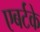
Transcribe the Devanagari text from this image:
एबर्टके